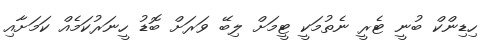
ހިޑިންކް ބުނީ ޓެރީ ނެތުމަކީ ޓީމަށް ލިބޭ ވަރަށް ބޮޑު ހީނަރުކަމެއް ކަމަށާއި